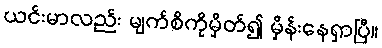
ယင်းမာလည်း မျက်စိကိုမှိတ်၍ မှိန်းနေရှာပြီ။